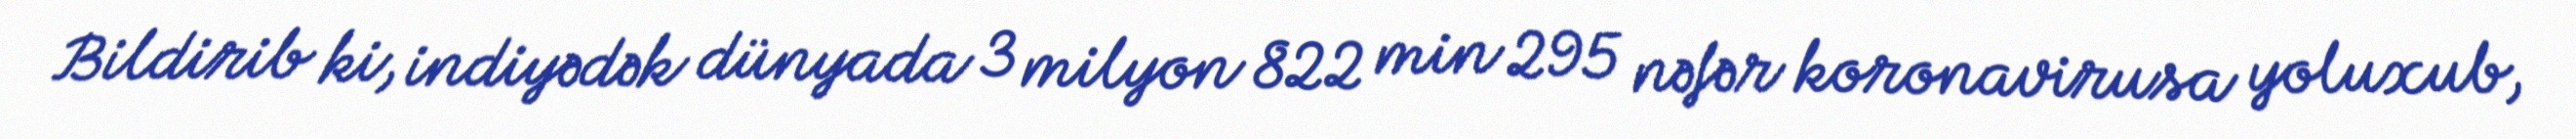
Bildirib ki, indiyədək dünyada 3 milyon 822 min 295 nəfər koronavirusa yoluxub,